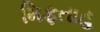
મિફતાહ